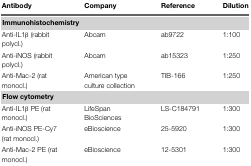
<table><thead><tr><td><b>Antibody</b></td><td><b>Company</b></td><td><b>Reference</b></td><td><b>Dilution</b></td></tr></thead><tbody><tr><td colspan="4"><b>Immunohistochemistry</b></td></tr><tr><td>Anti-IL1β (rabbit polycl.)</td><td>Abcam</td><td>ab9722</td><td>1:100</td></tr><tr><td>Anti-iNOS (rabbit polycl.)</td><td>Abcam</td><td>ab15323</td><td>1:250</td></tr><tr><td>Anti-Mac-2 (rat monocl.)</td><td>American type culture collection</td><td>TIB-166</td><td>1:250</td></tr><tr><td colspan="4"><b>Flow cytometry</b></td></tr><tr><td>Anti-IL1β PE (rat monocl.)</td><td>LifeSpan BioSciences</td><td>LS-C184791</td><td>1:300</td></tr><tr><td>Anti-iNOS PE-Cy7 (rat monocl.)</td><td>eBioscience</td><td>25-5920</td><td>1:300</td></tr><tr><td>Anti-Mac-2 PE (rat monocl.)</td><td>eBioscience</td><td>12-5301</td><td>1:300</td></tr></tbody></table>